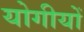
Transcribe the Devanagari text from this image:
योगीयों